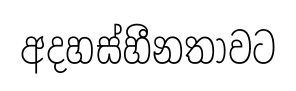
අදහස්හීනතාවට